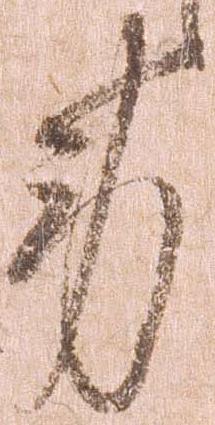
労